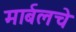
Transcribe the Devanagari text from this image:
मार्बलचे